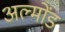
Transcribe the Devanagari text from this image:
अल्मोंड